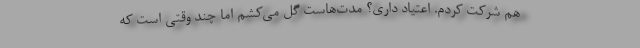
هم شرکت کردم. اعتیاد داری؟ مدت‌هاست گل می‌کشم اما چند وقتی است که